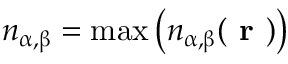
n _ { \upalpha , \upbeta } = \mathrm { m a x } \left( n _ { \upalpha , \upbeta } ( \textbf { r } ) \right)